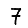
Digit: 7